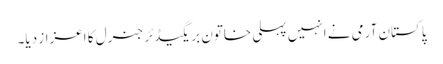
پاکستان آرمی نے انہیں پہلی خاتون بریگیڈئر جنرل کا اعزاز دیا۔